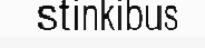
stinkibus